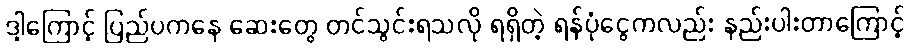
ဒါ့ကြောင့် ပြည်ပကနေ ဆေးတွေ တင်သွင်းရသလို ရရှိတဲ့ ရန်ပုံငွေကလည်း နည်းပါးတာကြောင့်